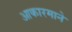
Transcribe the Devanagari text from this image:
आकारमाने